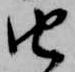
由